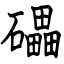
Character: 礧